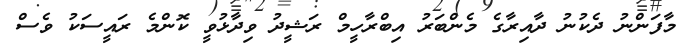
މާފަންނު ދެކުނު ދާއިރާގެ މެންބަރު އިބްރާހީމް ރަޝީދު ވިދާޅުވީ ކޮންމެ ރައީސަކު ވެސް